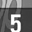
Digit: 5